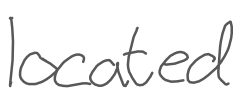
Text: located
Cross-out: clean
Writing tool: digital_gray